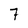
Character: 7